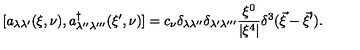
[ a _ { \lambda \lambda ^ { \prime } } ( \xi , \nu ) , a _ { \lambda ^ { \prime \prime } \lambda ^ { \prime \prime \prime } } ^ { \dag } ( \xi ^ { \prime } , \nu ) ] = c _ { \nu } \delta _ { \lambda \lambda ^ { \prime \prime } } \delta _ { \lambda ^ { \prime } \lambda ^ { \prime \prime \prime } } \frac { \xi ^ { 0 } } { | \xi ^ { 4 } | } \delta ^ { 3 } ( \vec { \xi } - \vec { \xi } ^ { \prime } ) .